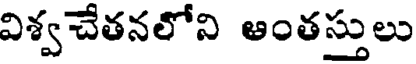
విశ్వచేతనలోని ఆంతస్తులు